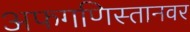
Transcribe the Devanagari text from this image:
अफगणिस्तानवर